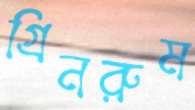
গ্রিনরুম